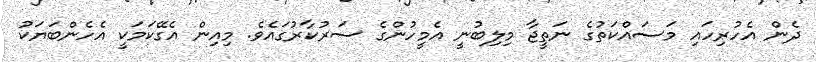
ދެން އެހުރިހައި މަސައްކަތުގެ ނަތީޖާ މިލިބުނީ އެމީހުންގެ ސަރުކާރުގައެވެ. މިއިން އެގޭކަމަކީ އެހެންބަޔަކު